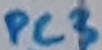
Text: PC3